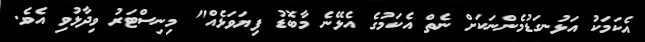
އެކަމަކު އަޅުނގަޑުމެންނަކަށް ނެތް އެކަމުގެ އެޅޭނެ މާބޮޑު ފިޔަވަޅެއް" މިނިސްޓަރު ވިދާޅުވި އެވެ.